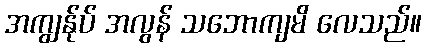
အကျွန်ုပ် အလွန် သဘောကျမိ လေသည်။